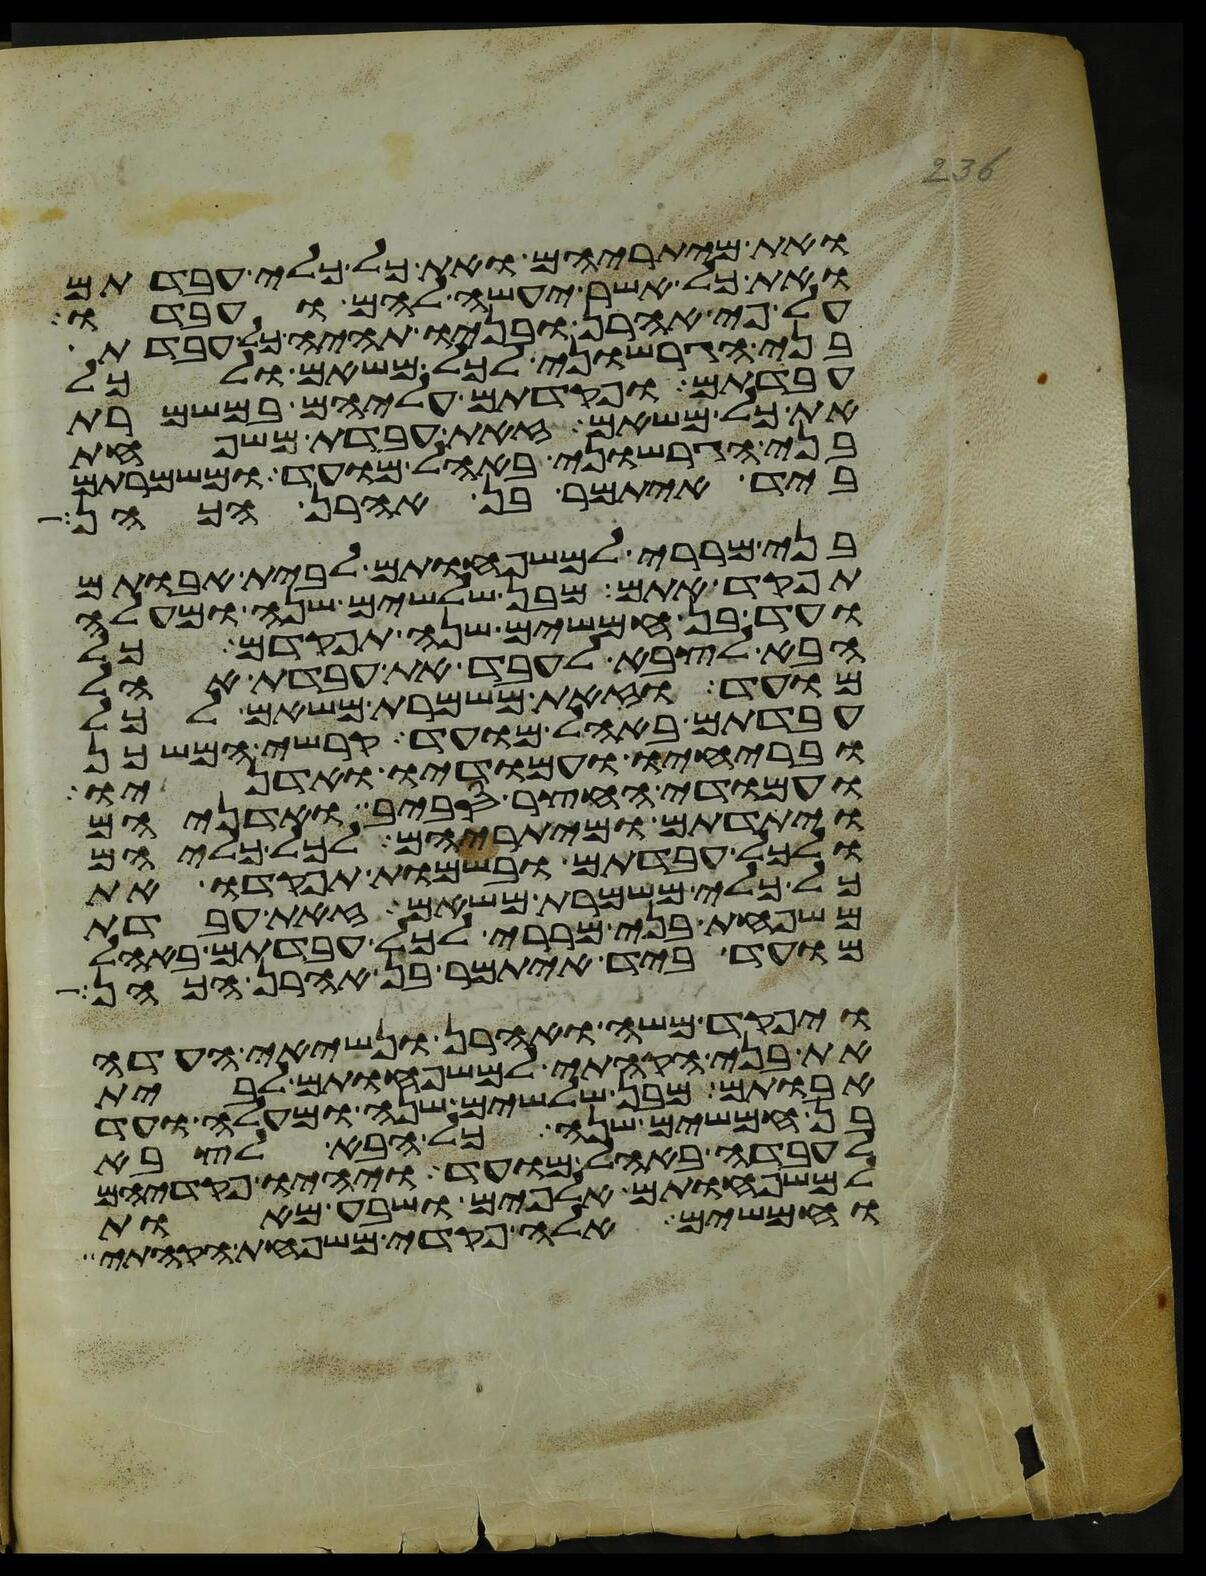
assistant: ואת מיתריהם ואת כל כלי עבדתם
ואת כל אשר יעשה להם ועבדו
על פי אהרן ובניו תהיה כל עבדת
בני הגרשוני לכל משאם ולכל
עבדתם ופקדתם עליהם במשמרת
את כל משאם זאת עבדת משפחת
בני הגרשוני באהל מועד ומשמרתם
ביד איתמר בן אהרן הכהן
בני מררי למשפחותם לבית אבותם
תפקד אתם מבן שלשים שנה ומעלה
ועד בן חמשים שנה תפקדם כל
הבא לצבא לעבד את עבדת אהל
מועד וזאת משמרת משאם לכל
עבדתם באהל מועד קרשי המשכן
ובריחיו ועמודיו ואדניו
ועמודי החצר סביב ואדניהם
ויתדתם ומיתריהם לכל כליהם
ולכל עבדתם ובשמות תפקדו את
כל כלי משמרת משאם זאת עבדת
משפחת בני מררי לכל עבדתם באהל
מועד ביד איתמר בן אהרן הכהן
ויפקד משה ואהרן ונשיאי העדה
את בני הקהתי למשפחותם לבית
אבותם מבן שלשים שנה ומעלה ועד
בן חמשים שנה כל הבא לצבא
לעבדה באהל מועד ויהיו פקדיהם
למשפחותם אלפים ושבע מאות
וחמשים אלה פקדי משפחת הקהתי